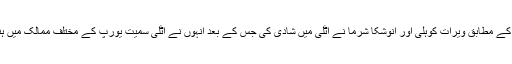
بھارتی میڈیا کے مطابق ویرات کوہلی اور انوشکا شرما نے اٹلی میں شادی کی جس کے بعد انہوں نے اٹلی سمیت یورپ کے مختلف ممالک میں ہنی مون منایا۔